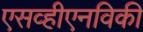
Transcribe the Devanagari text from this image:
एसव्हीएनविकी